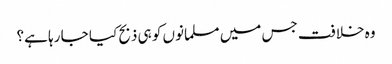
وہ خلافت جس میں مسلمانوں کو ہی ذبح کیا جا رہا ہے؟